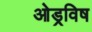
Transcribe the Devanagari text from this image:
ओड्रविष